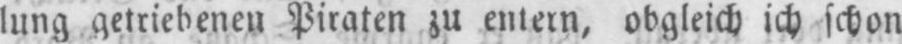
lung getriebenen Piraten zu einem, obgleich ich schon